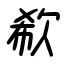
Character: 欷